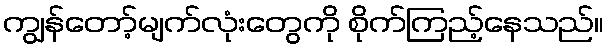
ကျွန်တော့်မျက်လုံးတွေကို စိုက်ကြည့်နေသည်။